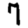
Digit: 7